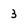
Character: 3